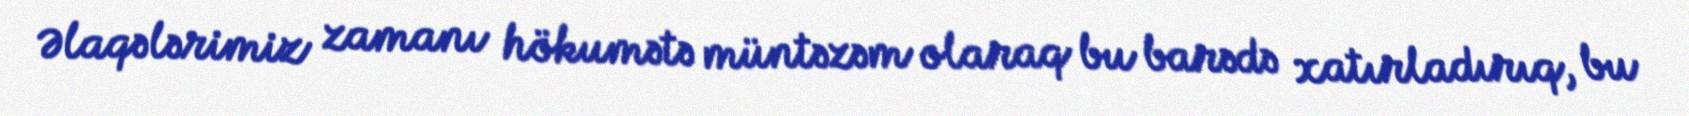
Əlaqələrimiz zamanı hökumətə müntəzəm olaraq bu barədə xatırladırıq, bu